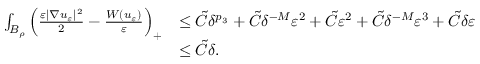
\begin{array} { r l } { \int _ { B _ { \rho } } \left( \frac { \varepsilon | \nabla u _ { \varepsilon } | ^ { 2 } } { 2 } - \frac { W ( u _ { \varepsilon } ) } { \varepsilon } \right) _ { + } } & { \leq \tilde { C } \delta ^ { p _ { 3 } } + \tilde { C } \delta ^ { - M } \varepsilon ^ { 2 } + \tilde { C } \varepsilon ^ { 2 } + \tilde { C } \delta ^ { - M } \varepsilon ^ { 3 } + \tilde { C } \delta \varepsilon } \\ & { \leq \tilde { C } \delta . } \end{array}